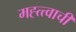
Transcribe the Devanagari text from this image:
मह्त्त्वाची